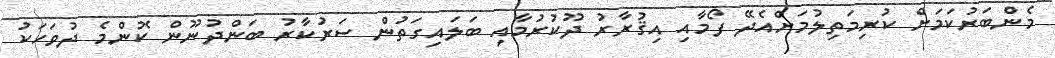
މެންބަރުކަމަށް ކުރިމަތިލުމަށްއެދޭ ފޯމާއި އިޤުރާރު ދޫކުރުމާއި ބަލައިގަތުން ސަރުކާރު ބަންދުނޫން ކޮންމެ ދުވަހަކު